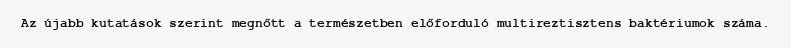
Az újabb kutatások szerint megnőtt a természetben előforduló multireztisztens baktériumok száma.